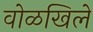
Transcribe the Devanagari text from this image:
वोळखिले